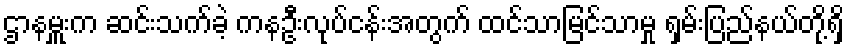
ဌာနမှူးက ဆင်းသက်ခဲ့ ကနဦးလုပ်ငန်းအတွက် ထင်သာမြင်သာမှု ရှမ်းပြည်နယ်တို့ရှိ